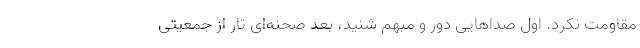
مقاومت نکرد. اول صداهایی دور و مبهم شنید، بعد صحنه‌ای تار از جمعیتی